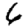
Digit: 6